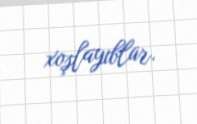
xoşlayıblar.